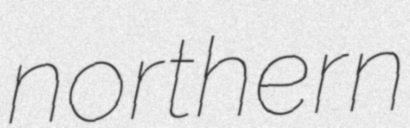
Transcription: northern